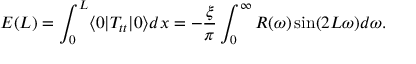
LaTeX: E ( L ) = \int _ { 0 } ^ { L } \langle 0 | T _ { t t } | 0 \rangle d x = - { \frac { \xi } { \pi } } \int _ { 0 } ^ { \infty } R ( \omega ) \sin ( 2 L \omega ) d \omega .